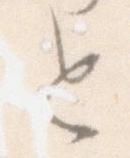
と